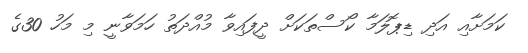
ކަމަށާއި އަދި ޑިޕޮލަމާ ކޯސްތަކަށް ދީފައިވާ މުއްދަތު ހަމަވާނީ މި މަހު 30ގެ